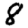
Digit: 8